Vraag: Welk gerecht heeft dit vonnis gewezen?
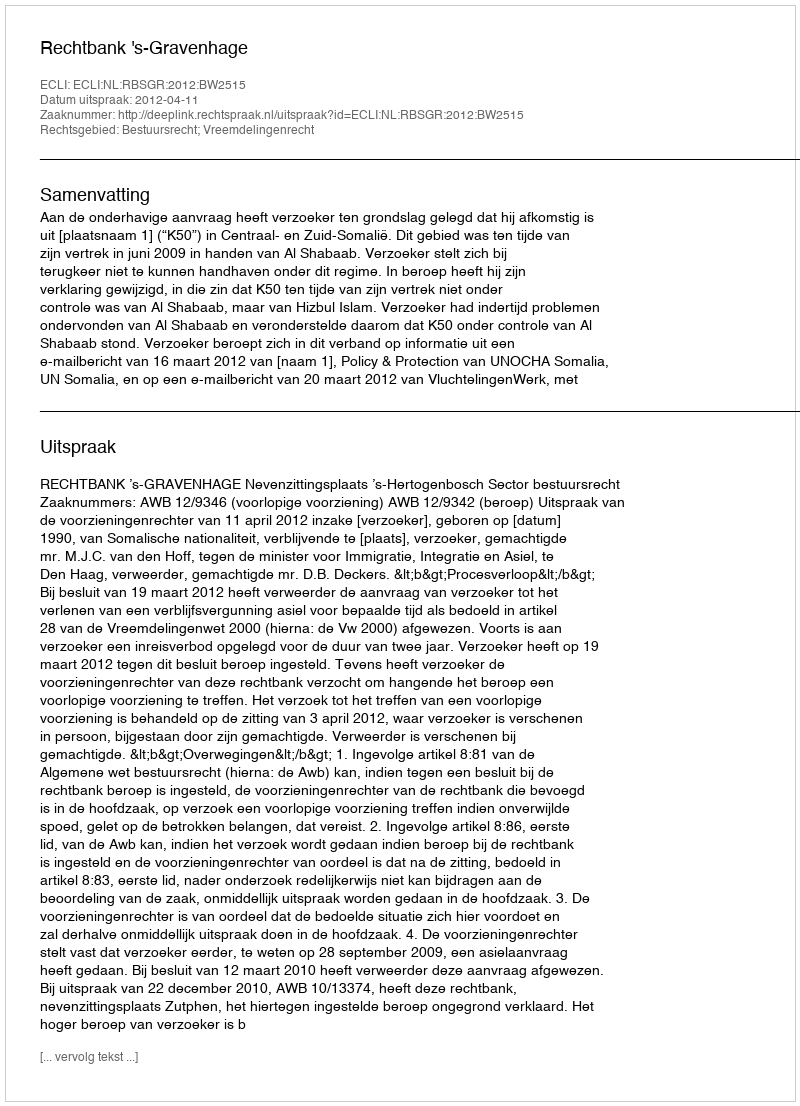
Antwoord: Rechtbank 's-Gravenhage